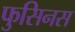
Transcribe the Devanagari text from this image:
फुसिनस